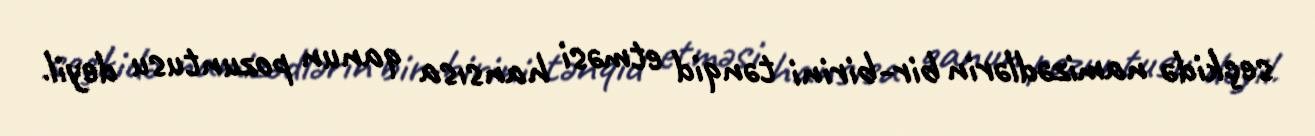
seçkidə namizədlərin bir-birini tənqid etməsi hansısa qanun pozuntusu deyil.